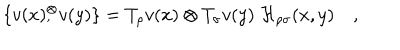
\{ v ( x ) { } _ { , } ^ { \otimes } v ( y ) \} = T _ { \rho } v ( x ) \otimes T _ { \sigma } v ( y ) \; { \cal H } _ { \rho \sigma } ( x , y ) \quad ,